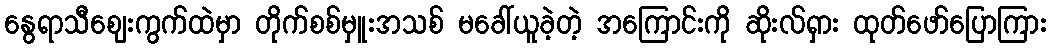
နွေရာသီဈေးကွက်ထဲမှာ တိုက်စစ်မှူးအသစ် မခေါ်ယူခဲ့တဲ့ အကြောင်းကို ဆိုးလ်ရှား ထုတ်ဖော်ပြောကြား